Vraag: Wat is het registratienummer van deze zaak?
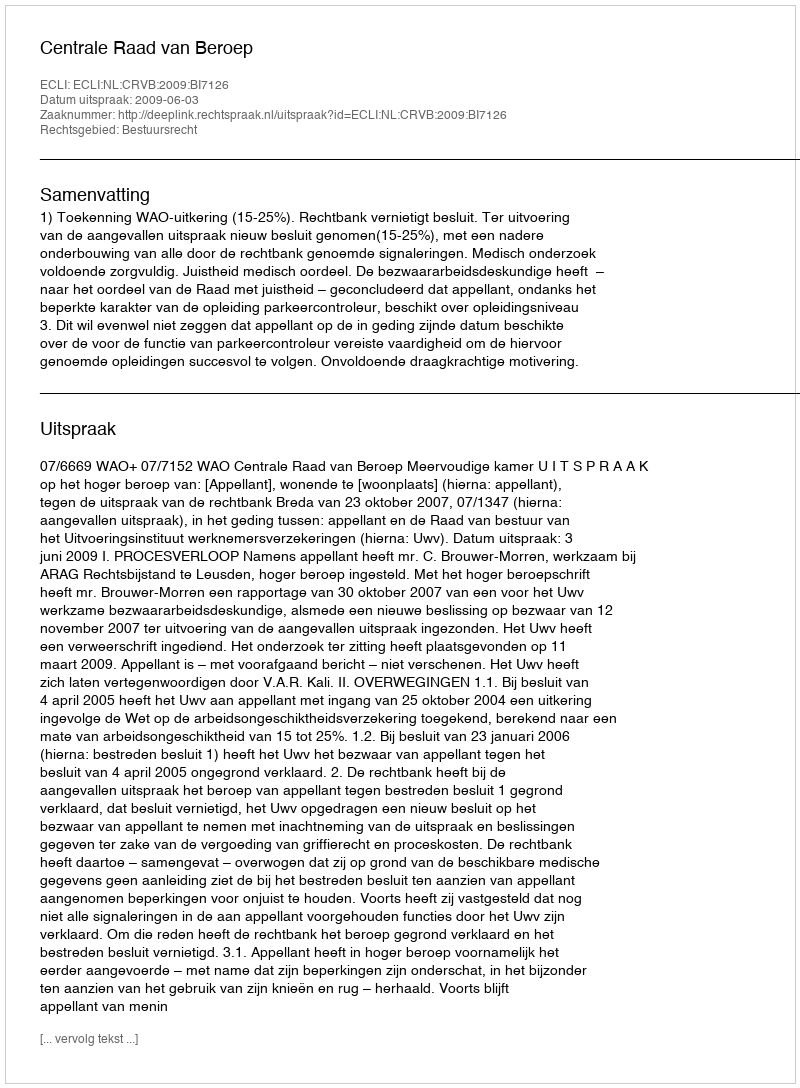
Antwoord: http://deeplink.rechtspraak.nl/uitspraak?id=ECLI:NL:CRVB:2009:BI7126